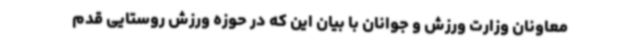
معاونان وزارت ورزش و جوانان با بیان این که در حوزه ورزش روستایی قدم